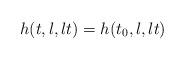
LaTeX: \begin{align*} h(t,l,lt)= h(t_0,l,lt) \end{align*}